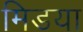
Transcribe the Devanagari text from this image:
मिडया